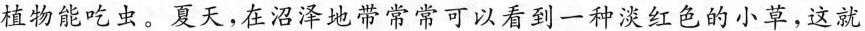
植物能吃虫。夏天，在沼泽地带常常可以看到一种淡红色的小草，这就